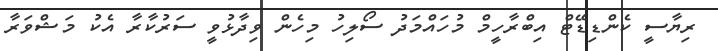
ރިޔާސީ ކެންޑިޑޭޓް އިބްރާހީމް މުހައްމަދު ސޯލިހު މިހެން ވިދާޅުވީ ސަރުކާރާ އެކު މަޝްވަރާ